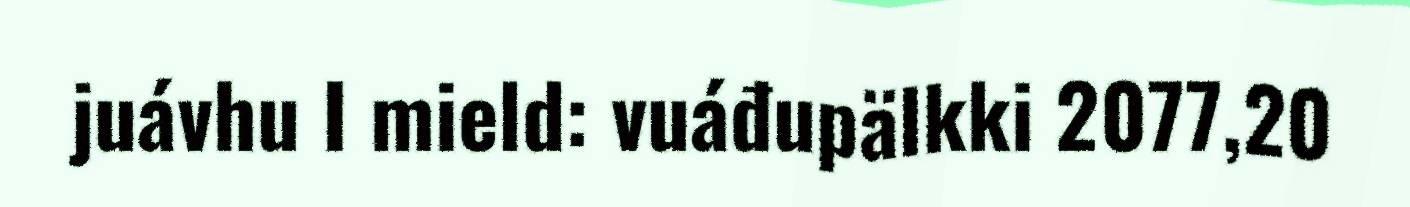
juávhu I mield: vuáđupälkki 2077,20